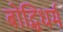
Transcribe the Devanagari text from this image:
बोद्धिधर्म